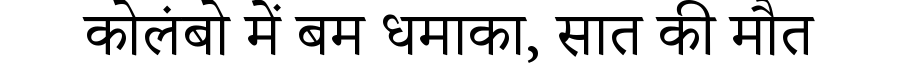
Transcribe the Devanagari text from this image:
कोलंबो में बम धमाका, सात की मौत